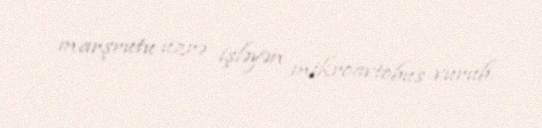
marşrutu üzrə işləyən mikroavtobus vurub.